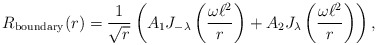
\begin{align*} R_{\rm boundary}(r) = \frac{1}{\sqrt{r}} \left( A_{\rm 1} J_{-\lambda} \left(\frac{\omega \ell^2}{r}\right) + A_{\rm 2} J_{\lambda} \left(\frac{\omega \ell^2}{r}\right)\right),\end{align*}